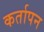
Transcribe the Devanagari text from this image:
कर्तापन